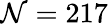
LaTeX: \mathcal{N}=217